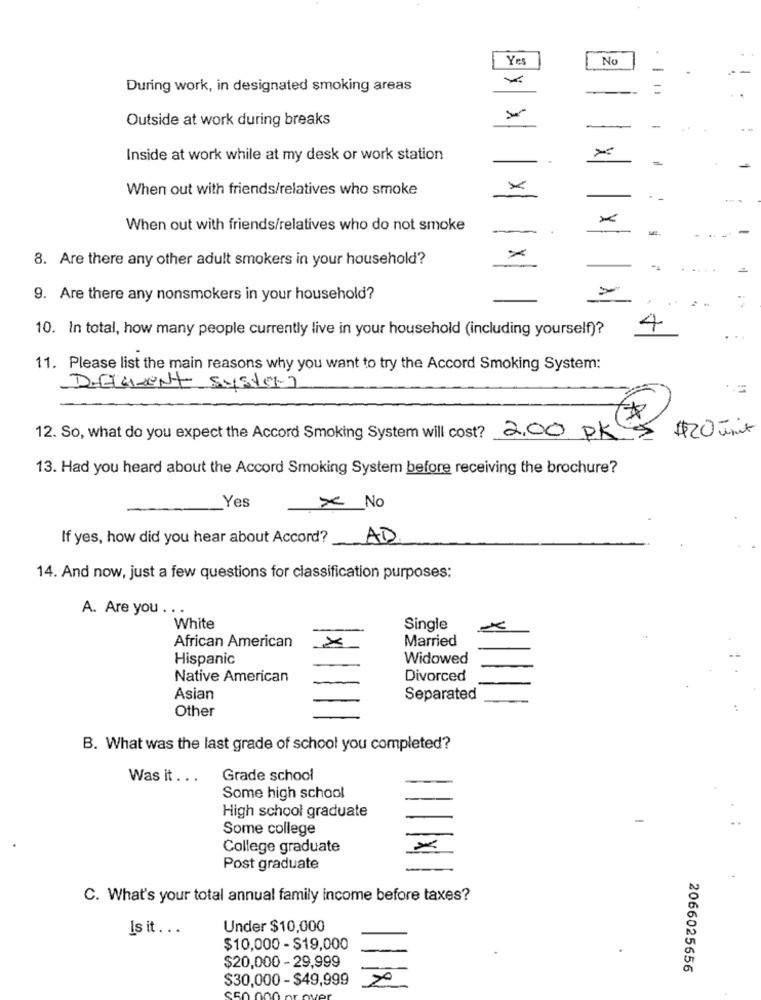
.
Yes
No
During work, in designated smoking areas
Outside at work during breaks
-
Inside at work while at my desk or work station
.
=
When out with friends/relatives who smoke
.. .
When out with friends/relatives who do not smoke
8. Are there any other adult smokers in your household?
-
9. Are there any nonsmokers in your household?
10. In total, how many people currently live in your household (including yourself)?
4
11. Please list the main reasons why you want to try the Accord Smoking System:
DetMent Syster]
$20 minut
12. So, what do you expect the Accord Smoking System will cost? 2.00 pKs
13. Had you heard about the Accord Smoking System before receiving the brochure?
Yes
> No
If yes, how did you hear about Accord?
AD
14. And now, just a few questions for classification purposes:
A. Are you . . .
White
Single
Married
African American
Hispanic
Widowed
Native American
Divorced
Asian
Separated
Other
B. What was the last grade of school you completed?
Was it ...
Grade school
Some high school
High school graduate
Some college
College graduate
Post graduate
C. What's your total annual family income before taxes?
Is it ...
Under $10,000
$10,000 - $19,000
$20,000 - 29,999
2066025656
$30,000 - $49,999